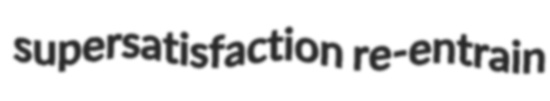
supersatisfaction re-entrain